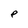
Character: P